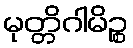
မုတ္တိဂါမိဉ္စ